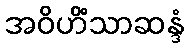
အဝိဟိံသာဆန္ဒံ